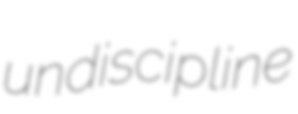
undiscipline